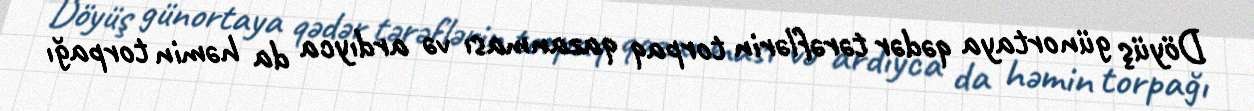
Döyüş günortaya qədər tərəflərin torpaq qazanması və ardıyca da həmin torpağı